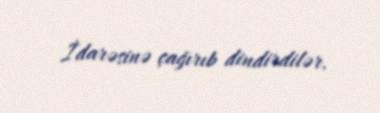
İdarəsinə çağırıb dindirdilər.